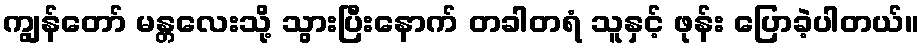
ကျွန်တော် မန္တလေးသို့ သွားပြီးနောက် တခါတရံ သူနှင့် ဖုန်း ပြောခဲ့ပါတယ်။